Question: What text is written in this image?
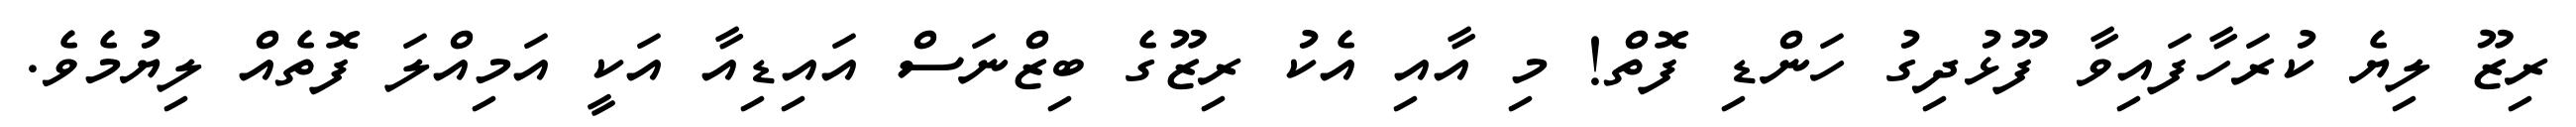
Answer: ރިޒޫ ލިޔެ ކުރަހާފައިވާ ފޫޅުދިގު ހަންޑި ފޮތް! މި އާއި އެކު ރިޒޫގެ ބިޒްނަސް އައިޑިއާ އަކީ އަމިއްލަ ފޮތެއް ލިޔުމެވެ.